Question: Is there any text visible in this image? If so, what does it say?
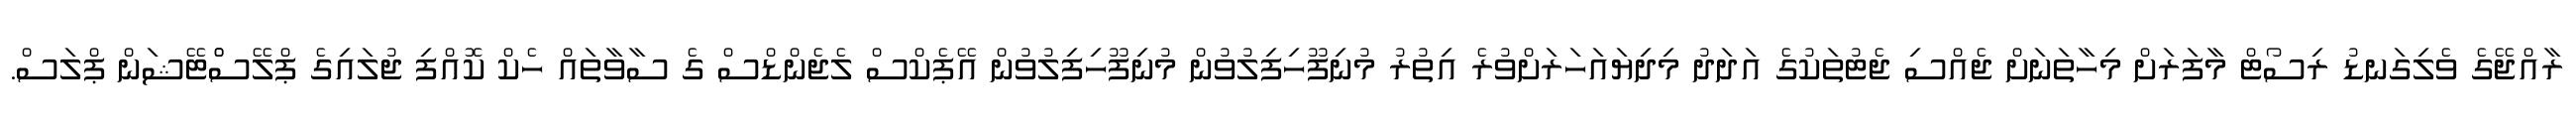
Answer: ރާއްޖޭގެ ވެލިގަނޑު ރިސޯޓް މާފަރަށް މިހާތަނަށް ޖެއްސި ޖެޓުތަކުގެ އަދަދު މިދިޔައަހަރަށްވުރެ އިތުރު މުނިފޫހިފިލުވުން މުނިފޫހިފިލުވުން އޭޕެކްސް ލެޖެންޑްސް ގެ ސާވާތައް ހެކް ކޮއްފި ޖުލައިގެ ޕްލޭސްްޓޭޝަން ޕްލަސް.